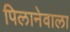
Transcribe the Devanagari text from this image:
पिलानेवाला